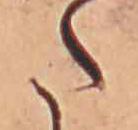
た